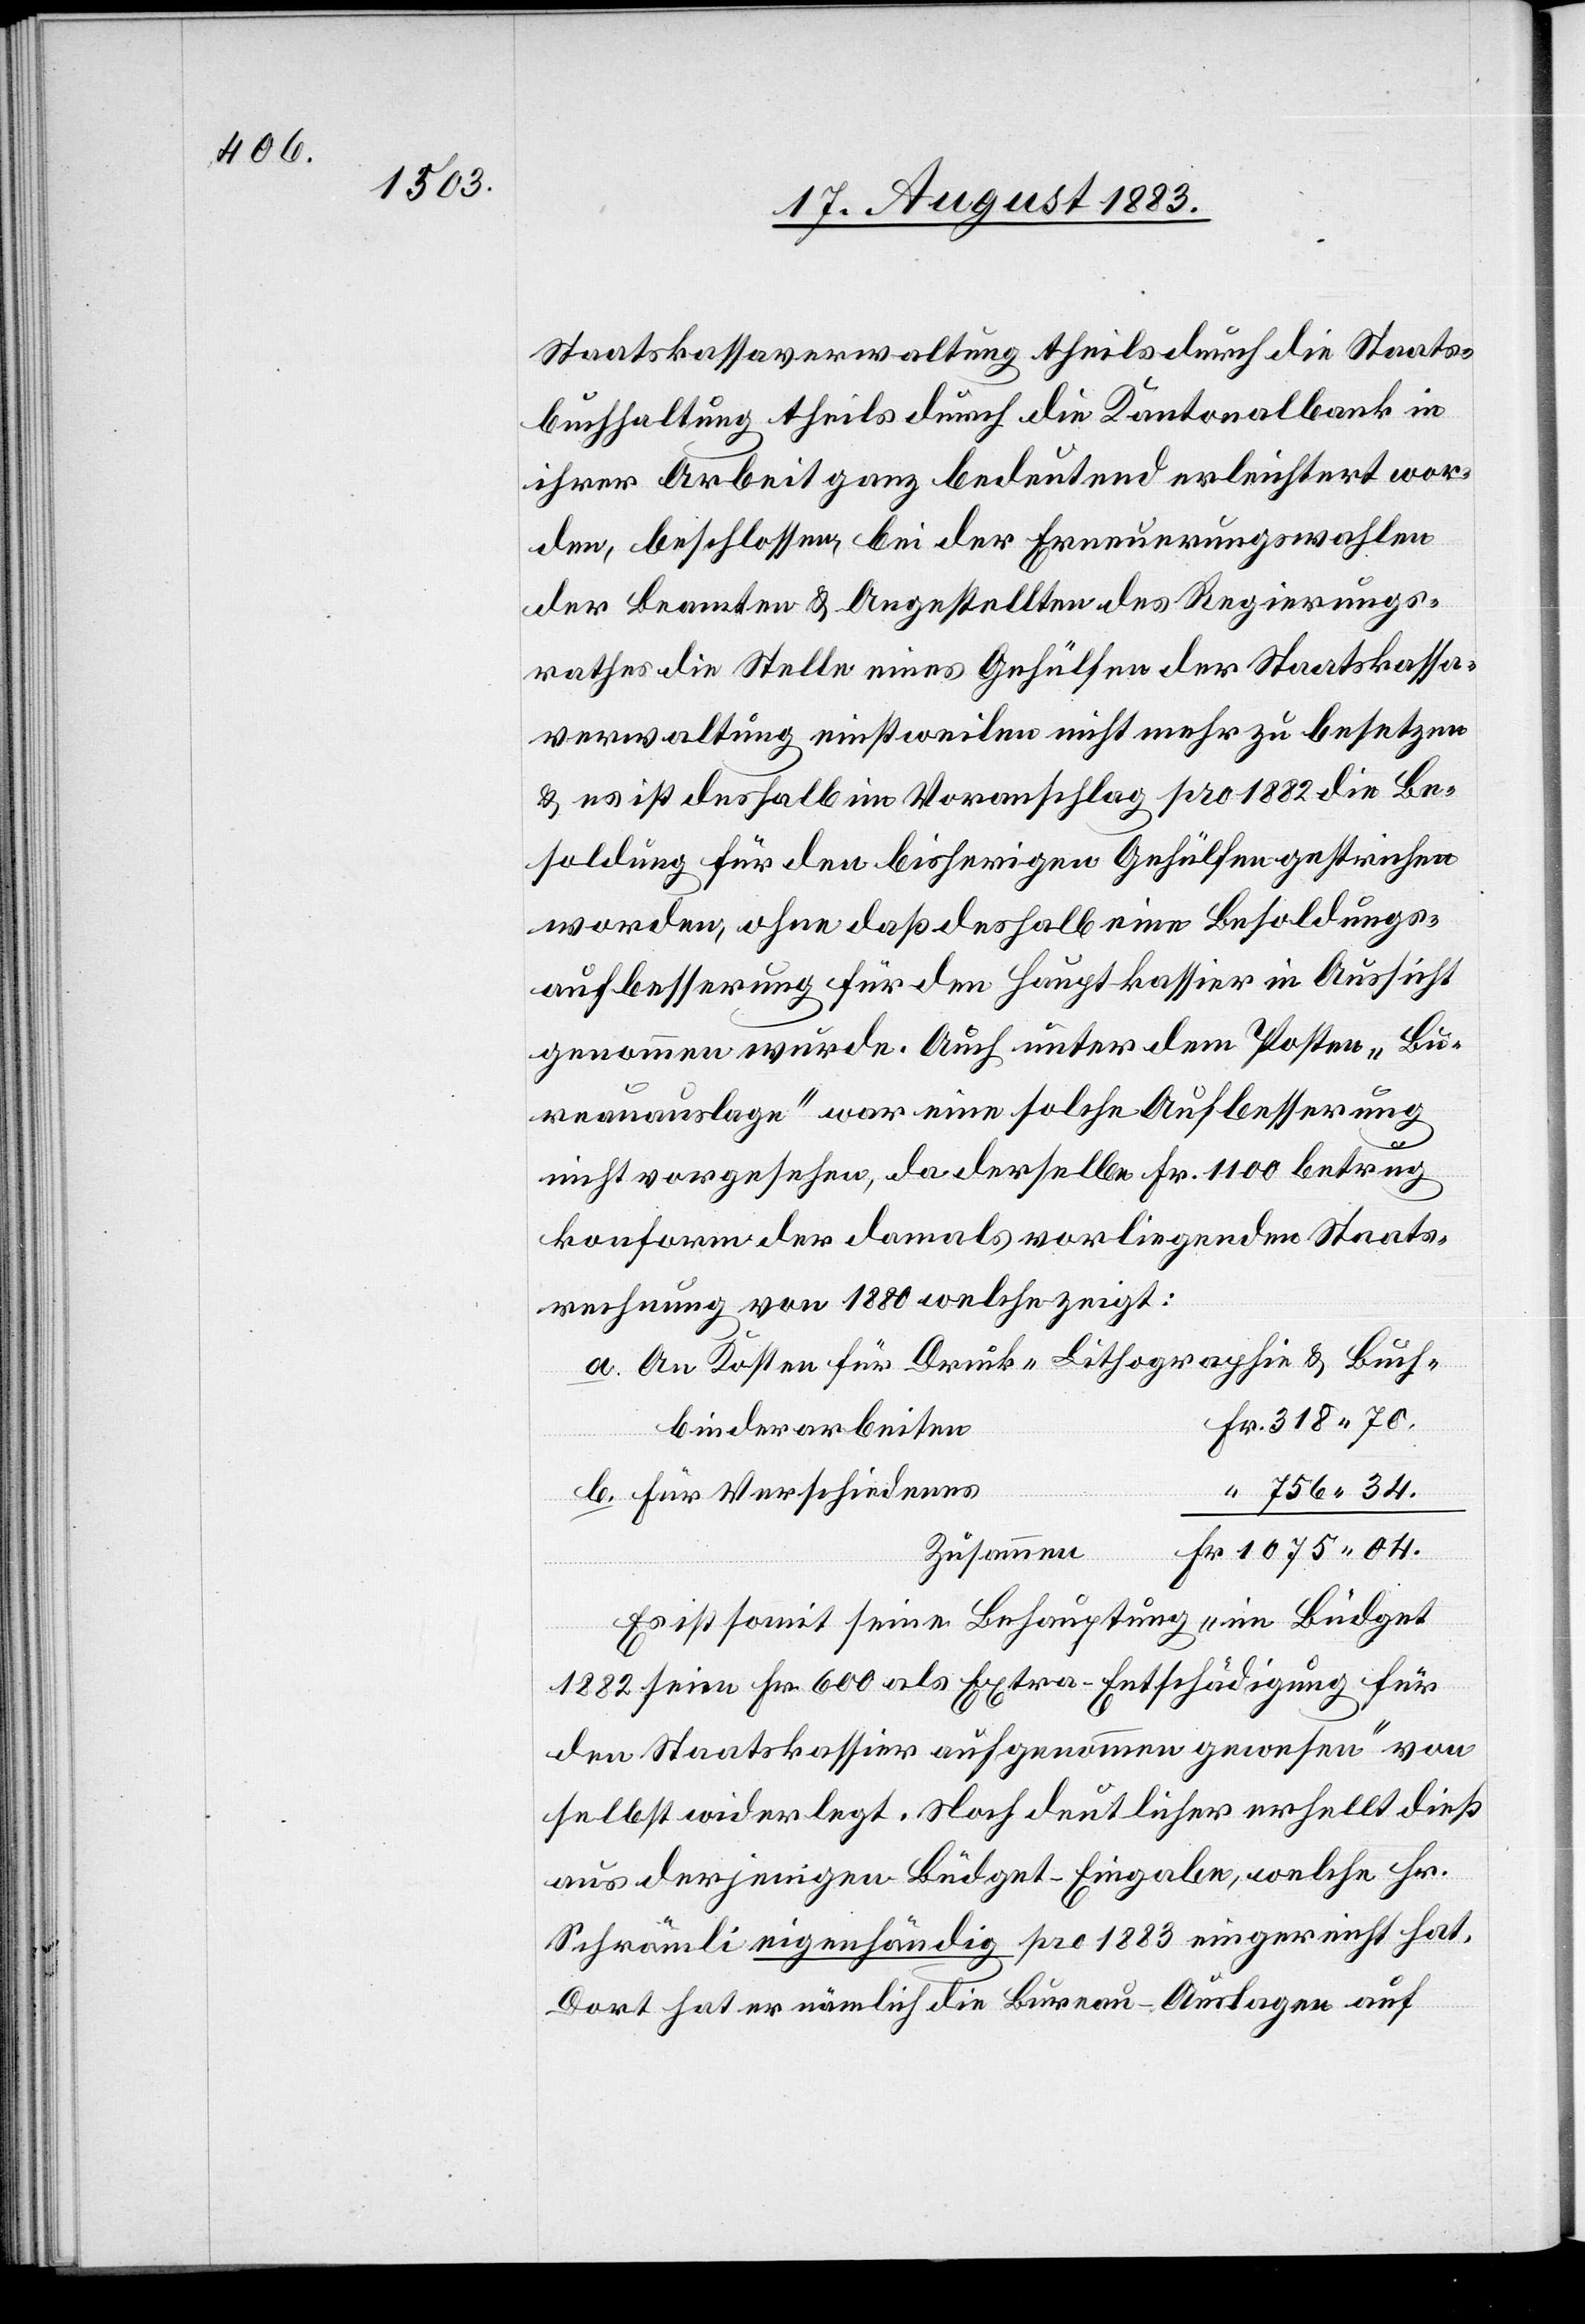
Staatskassaverwaltung theils durch die Staats¬
buchhaltung theils durch die Kantonalbank in
ihrer Arbeit ganz bedeutend erleichtert wor¬
den, beschlossen, bei der [sic!] Erneuerungswahlen
der Beamten & Angestellten des Regierungs¬
rathes die Stelle eines Gehülfen der Staatskassa¬
verwaltung einstweilen nicht mehr zu besetzen
& es ist deshalb im Voranschlag pro 1882 die Be¬
soldung für den bisherigen Gehülfen gestrichen
worden, ohne daß deshalb eine Besoldungs¬
aufbesserung für den Hauptkassier in Aussicht
genommen wurde. Auch unter dem Posten „Bu¬
reauauslagen“ war eine solche Aufbesserung
34.
nicht vorgesehen, da derselbe Fr. 1100 betrug
konform der damals vorliegenden Staats¬
rechnung von 1880 welche zeigt:
a. An Kosten für Druck-[,] Lithographie & Buch¬
binderarbeiten
b. für Verschiedenes
Zusammen
Es ist somit seine Behauptung „im Büdget
1882 seien Fr. 600 als Extra-Entschädigung für
den Staatskassier aufgenommen gewesen“ von
selbst widerlegt. Noch deutlicher erhellt dieß
aus derjenigen Büdget-Eingabe, welche Hr.
Schrämli eigenhändig pro 1883 eingereicht hat.
Dort hat er nämlich die Bureau-Auslagen auf